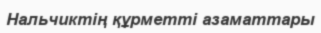
Нальчиктің құрметті азаматтары